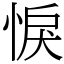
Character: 悷